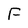
Character: F